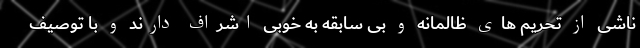
ناشی از تحریم های ظالمانه و بی سابقه به خوبی اشراف دارند و با توصیف